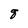
Character: q